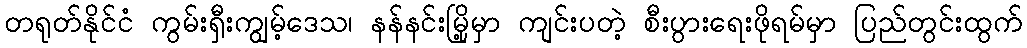
တရုတ်နိုင်ငံ ကွမ်းရှီးကျွမ့်ဒေသ၊ နန်နင်းမြို့မှာ ကျင်းပတဲ့ စီးပွားရေးဖိုရမ်မှာ ပြည်တွင်းထွက်